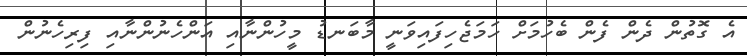
އެ ގޮތުން ދެން ފެން ބެހުމަށް ހަމަޖެހިފައިވަނީ މާބަނޑު މީހުންނާއި އަންހެނުންނާއި ފިރިހެނުން